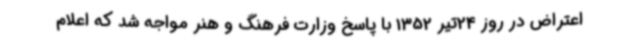
اعتراض در روز 24تیر 1352 با پاسخ وزارت فرهنگ و هنر مواجه شد که اعلام